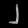
Digit: ၂